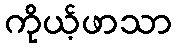
ကိုယ့်ဖာသာ